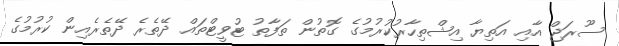
ސޫރަޖް އާއި އަތިޔާ އިޝްތިހާރުކުރުމުގެ ގޮތުން ތަފާތު ޓުވީޓްތައް ދޭތެރެ ދޭތެރެއިން ކުރުމުގެ